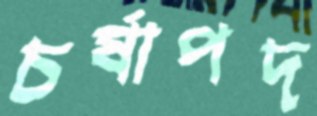
চর্ষাপদ